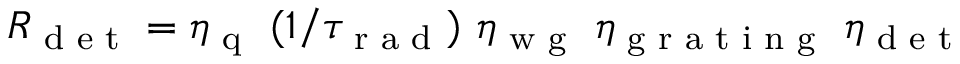
R _ { \textrm { d e t } } = \eta _ { \textrm { q } } \ ( 1 / \tau _ { \textrm { r a d } } ) \ \eta _ { \textrm { w g } } \ \eta _ { \textrm { g r a t i n g } } \ \eta _ { \textrm { d e t } }